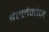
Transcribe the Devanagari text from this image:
बेल्लेनोज़